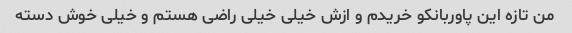
من تازه این پاوربانکو خریدم و ازش خیلی خیلی راضی هستم و خیلی خوش دسته